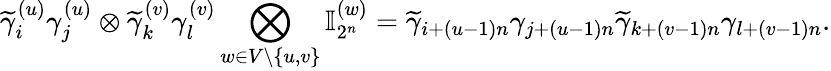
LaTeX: \widetilde{\gamma}_{i}^{(u)}\gamma_{j}^{(u)}\otimes\widetilde{\gamma}_{k}^{(v)}\gamma_{l}^{(v)}\bigotimes_{w\in V\setminus\{ u,v\} }\mathbb{I}_{2^{n}}^{(w)}=\widetilde{\gamma}_{i+(u-1)n}\gamma_{j+(u-1)n}\widetilde{\gamma}_{k+(v-1)n}\gamma_{l+(v-1)n}.